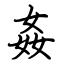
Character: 姦